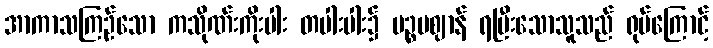
အာကာသကြဉ်သော ကသိုဏ်းကိုးပါး တပါးပါး၌ ပဉ္စမဈာန် ရပြီးသောသူသည် ရုပ်ကြောင့်